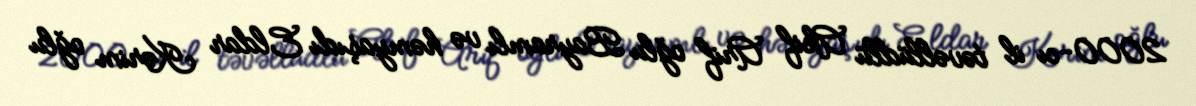
2000-cı il təvəllüdlü Akif Arif oğlu Bayramlı və həmyaşıdı Eldar Kərim oğlu